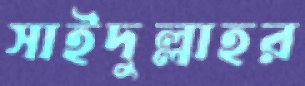
সাইদুল্লাহর